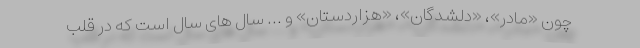
چون «مادر»، «دلشدگان»، «هزاردستان» و ... سال های سال است که در قلب